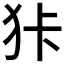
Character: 𱭶